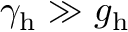
\gamma _ { \mathrm { h } } \gg g _ { \mathrm { h } }